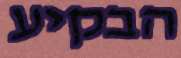
הבקיע